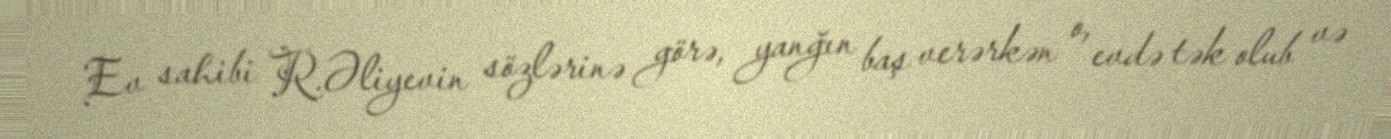
Ev sahibi R.Əliyevin sözlərinə görə, yanğın baş verərkən o, evdə tək olub və